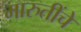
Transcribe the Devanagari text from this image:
मारुतींचे